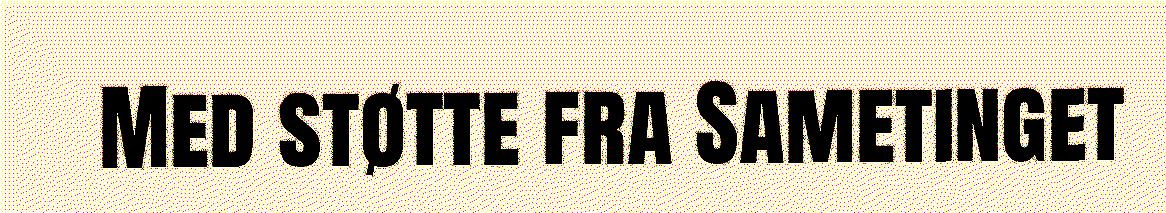
Med støtte fra Sametinget